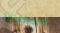
المثلثات